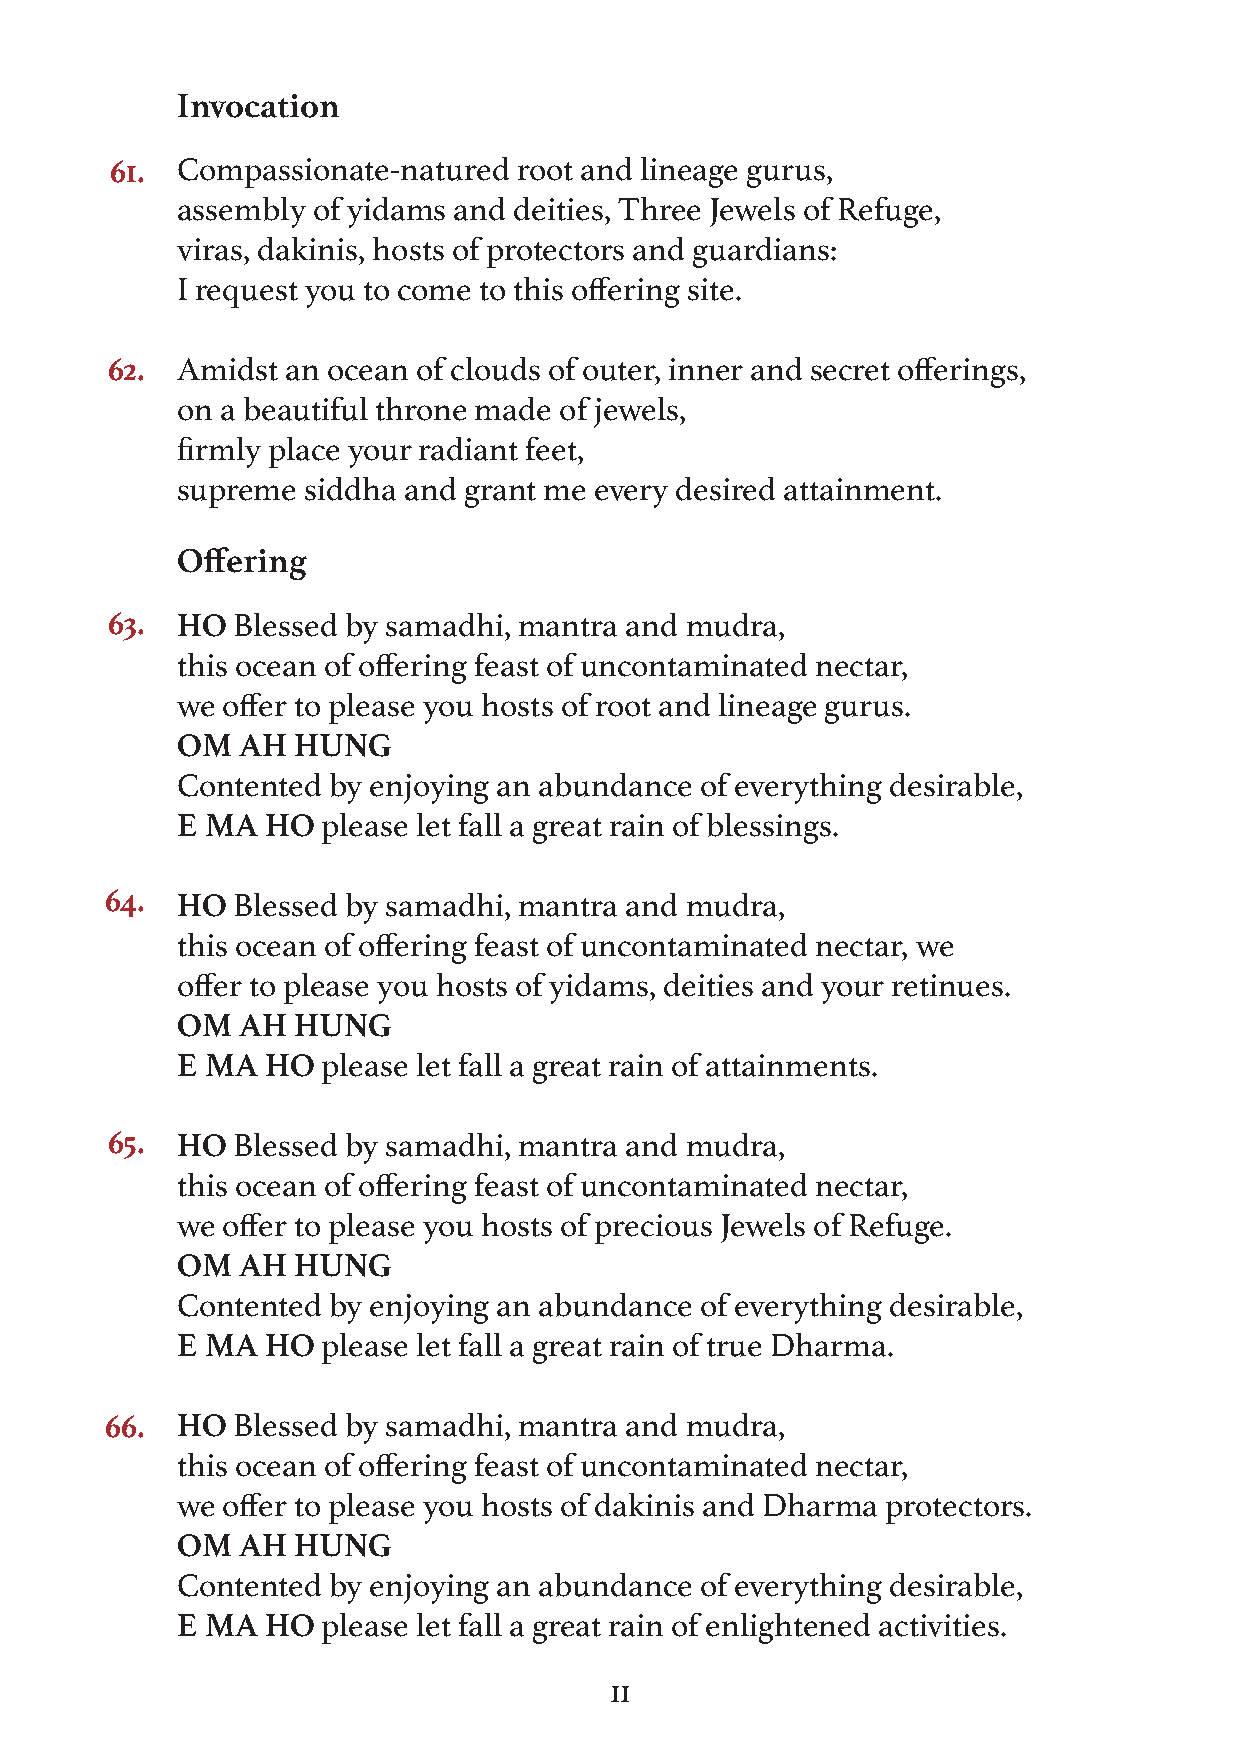
Invocation
 61.  Compassionate-natured root and lineage gurus,
 assembly of yidams and deities, Three Jewels of Refuge,
 viras, dakinis, hosts of protectors and guardians:
 I request you to come to this offering site.
 62.  Amidst an ocean of clouds of outer, inner and secret offerings,
 on a beautiful throne made of jewels,
 firmly place your radiant feet,
 supreme siddha and grant me every desired attainment.
 Offering
 63.  HO Blessed by samadhi, mantra and mudra,
 this ocean of offering feast of uncontaminated nectar,
 we offer to please you hosts of root and lineage gurus.
 OM  AH HUNG
 Contented by enjoying an abundance of everything desirable,
 E MA  HO please let fall a great rain of blessings.
 64.  HO Blessed by samadhi, mantra and mudra,
 this ocean of offering feast of uncontaminated nectar, we
 offer to please you hosts of yidams, deities and your retinues.
 OM  AH HUNG
 E MA  HO please let fall a great rain of attainments.
 65.  HO Blessed by samadhi, mantra and mudra,
 this ocean of offering feast of uncontaminated nectar,
 we offer to please you hosts of precious Jewels of Refuge.
 OM  AH HUNG
 Contented by enjoying an abundance of everything desirable,
 E MA  HO please let fall a great rain of true Dharma.
 66.  HO Blessed by samadhi, mantra and mudra,
 this ocean of offering feast of uncontaminated nectar,
 we offer to please you hosts of dakinis and Dharma protectors.
 OM  AH HUNG
 Contented by enjoying an abundance of everything desirable,
 E MA  HO please let fall a great rain of enlightened activities.
 11